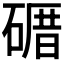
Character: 𥕉